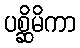
ပစ္ဆိမိကာ